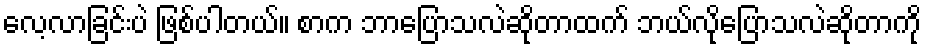
လေ့လာခြင်းပဲ ဖြစ်ပါတယ်။ စာက ဘာပြောသလဲဆိုတာထက် ဘယ်လိုပြောသလဲဆိုတာကို